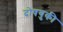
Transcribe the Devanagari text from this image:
दोषयुकी